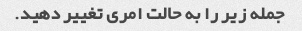
جمله زیر را به حالت امری تغییر دهید.